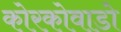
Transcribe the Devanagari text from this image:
कोरकोवाडो